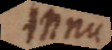
nnu